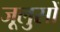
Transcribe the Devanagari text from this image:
जूलुसों